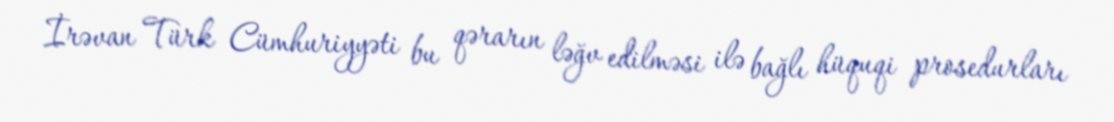
İrəvan Türk Cümhuriyyəti bu qərarın ləğv edilməsi ilə bağlı hüquqi prosedurları